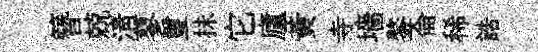
簪兢淸蓼璽抺它廬黄寺墻鏊侖稀誥